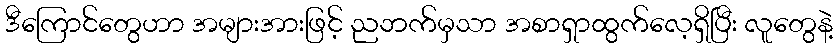
ဒီကြောင်တွေဟာ အများအားဖြင့် ညဘက်မှသာ အစာရှာထွက်လေ့ရှိပြီး လူတွေနဲ့